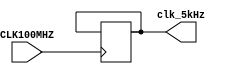
`timescale 1ns / 1ps
// Created by David J. Marion
// Date 7.22.2022
// For NexysA7 Accelerometer Reading

module clock_gen(
    input CLK100MHZ,        // nexys a7 sys clk
    output clk_5kHz         // 4MHz clk
);

    reg [4:0] counter = 5'b0;
    reg clk_reg = 1'b1;

    always @(posedge CLK100MHZ) begin
        if(counter == 10000)           // 0-12 is 13 ticks
            clk_reg <= ~clk_reg;
        if(counter == 20000) begin     // 13-24 is 12 ticks
            clk_reg <= ~clk_reg;
            counter <= 5'b0;        // reset counter
        end
        else
            counter <= counter + 1;
    end

    assign clk_5kHz = clk_reg;

endmodule